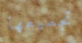
تجميعها